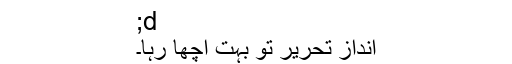
;d
اندازِ تحریر تو بہت اچھا رہا۔